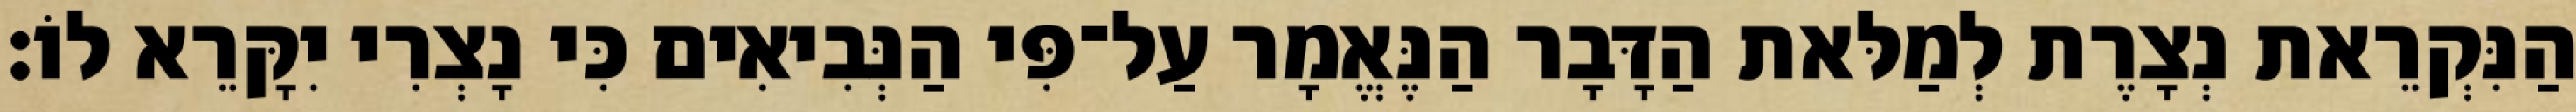
הַנִּקְרֵאת נְצָרֶת לְמַלּאת הַדָּבָר הַנֶּאֱמָר עַל־פִּי הַנְּבִיאִים כִּי נָצְרִי יִקָּרֵא לוֹ׃